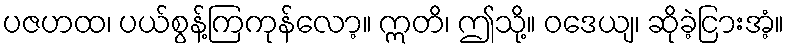
ပဇဟထ၊ ပယ်စွန့်ကြကုန်လော့။ ဣတိ၊ ဤသို့။ ဝဒေယျ၊ ဆိုခဲ့ငြားအံ့။